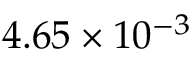
4 . 6 5 \times 1 0 ^ { - 3 }